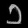
Digit: ၁